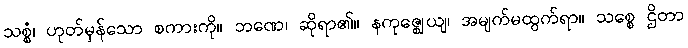
သစ္စံ၊ ဟုတ်မှန်သော စကားကို။ ဘဏေ၊ ဆိုရာ၏။ နကုဇ္ဈေယျ၊ အမျက်မထွက်ရာ။ သစ္စေ ဌိတာ